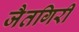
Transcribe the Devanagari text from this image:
जैतगिरी